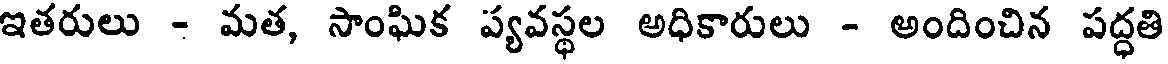
ఇతరులు - మత, సాంఘిక ప్యవస్థల అధికారులు - అందించిన పద్ధతి